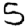
Digit: 5